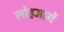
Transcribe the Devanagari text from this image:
लोहमार्गे